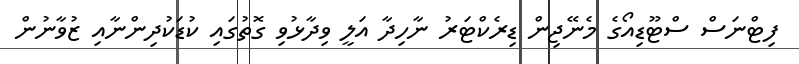
ފިޓްނަސް ސްޓޫޑިއޯގެ މެނޭޖިން ޑިރެކްޓަރު ނާހިދާ އަލީ ވިދާޅުވި ގޮތުގައި ކުޑަކުދިންނާއި ޒުވާނުން